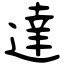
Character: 達